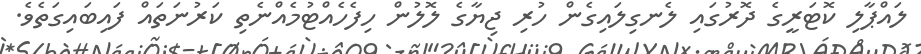
ލައްޕާލި ކޮޓަރީގެ ދޮރުގައި ލެނގިލައިގެން ހުރި ޖިޔާގެ ލޮލުން ހިފެހެއްޓުމެއްނެތި ކަރުނަތައް ފައިބައިގަތެވެ.